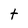
Character: t